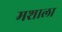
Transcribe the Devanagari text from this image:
मशाला